EELK_Paldiski_kogudus, lk 50
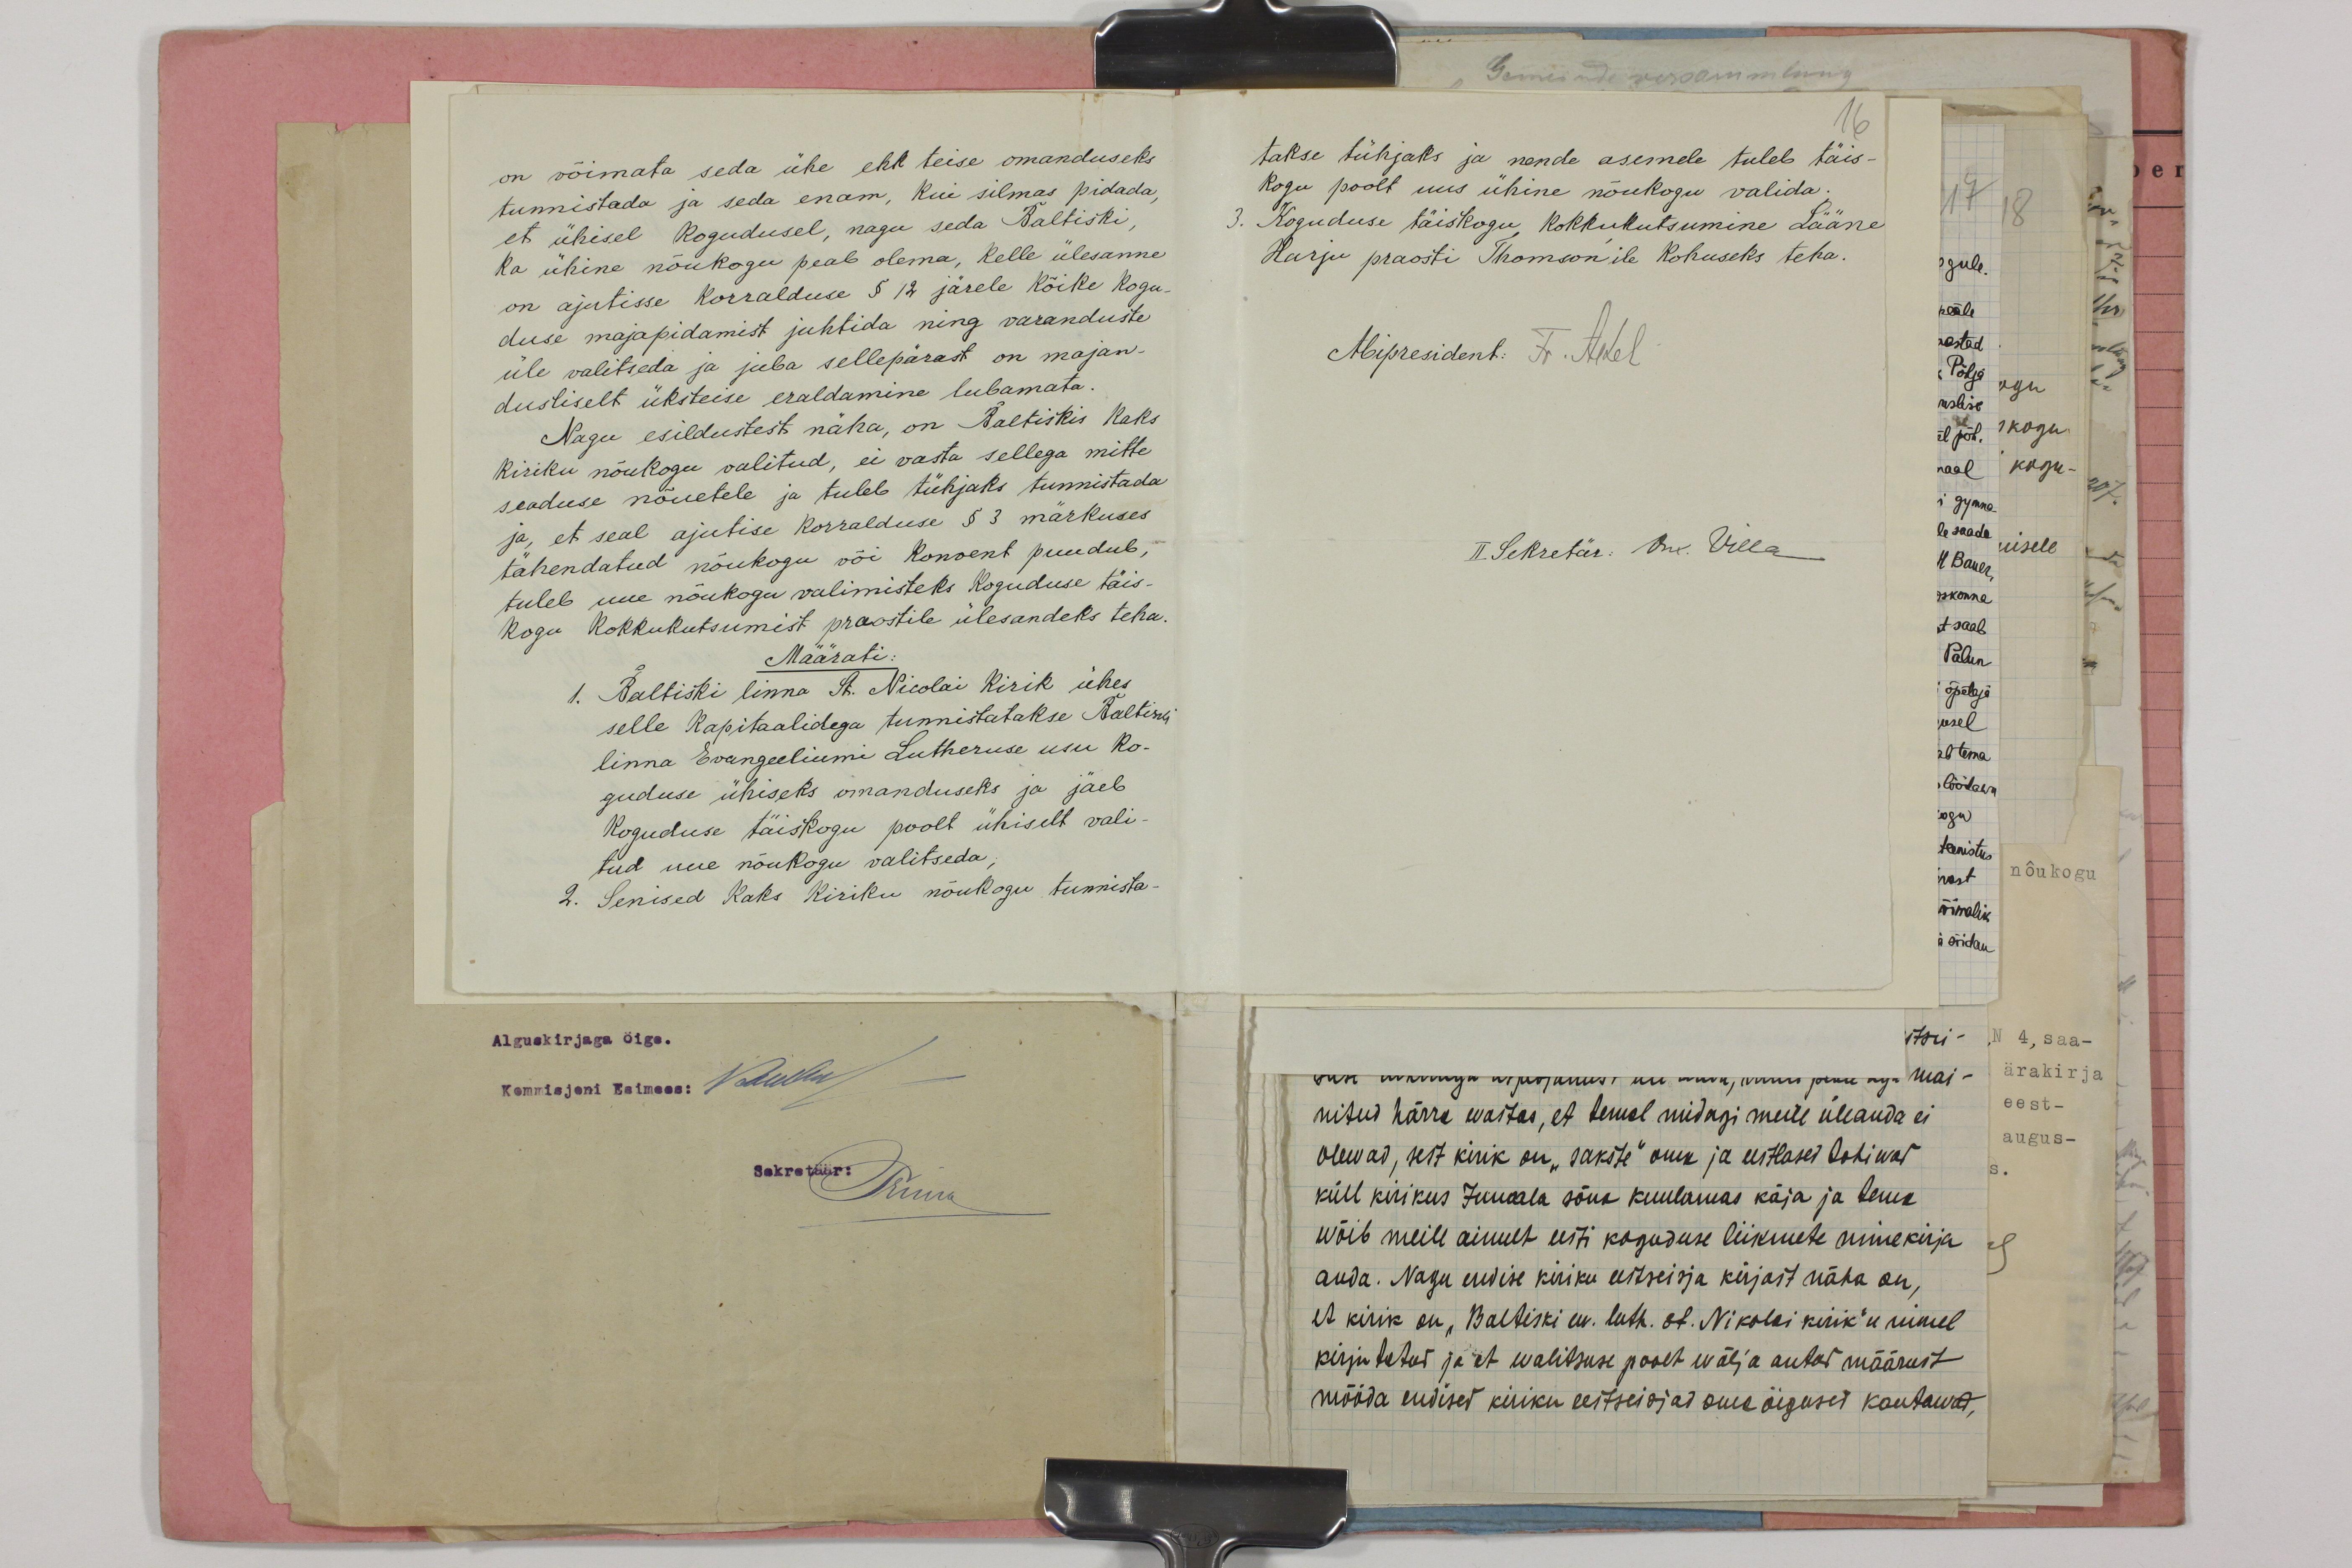
on võimata seda ühe ehk teise omanduseks
tunnistada ja seda enam, kui silmas pidada
et ühisel kogudusel, nagu seda Baltiski,
ka ühine nõukogu peab olema, kelle ülesanne
on ajutisse korralduse § 12 järele Kõike kogu
duse majapidamist juhtida ning varanduste
üle valitseda ja juba sellepärast on majan-
dusliselt üksteise eraldamine lubamata.
Nagu esildustest näha, on Baltiskis Kaks
Kiriku nõukogu valitud, ei vasta sellega mitte
seaduse nõuetele ja tuleb tühjaks tunnistada
ja, et seal ajutise korralduse § 3 märkuses
tähendatud nõukogu või Konvent puudub,
tuleb uue nõukogu valimisteks koguduse täis-
Kogu kokkukutsumist praostile ülesandeks teha.
Määrati:
1. Baltiski linna St. Nicolai Kirik ühes
selle Kapitaalidega tunnistatakse Baltiski
linna Evangeeliumi Lutheruse usu ko-
guduse ühiseks omanduseks ja jäeb
Koguduse täiskogu poolt ühiselt vali-
tud uue nõukogu valitseda,
2. Senised Kaks Kiriku nõukogu tunnista-

takse tühjaks ja nende asemele tuleb täis
16
Kogu poolt uus ühine nõukogu valida.
3. Koguduse täiskogu kokkukutsumine Lääne
Harju praosti Thomsonile Kohuseks teha.
Abipresidenb: Fr. Akel
II Sekretär: Osk. Villa